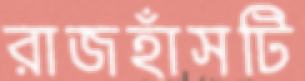
রাজহাঁসটি